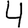
Digit: 4